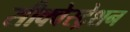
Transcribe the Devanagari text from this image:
सीक्वेस्ट्रेशन